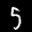
Label: 5